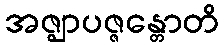
အဇ္ဈာပဇ္ဇန္တောတိ